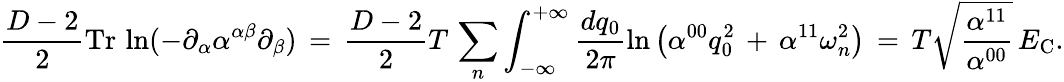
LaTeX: \frac{D-2}{2}\mathrm{Tr}\, \ln(-\partial_{\alpha}\alpha^{\alpha\beta}\partial_{\beta})\, =\, \frac{D-2}{2}T\, \sum_{n}^{}\int_{-\infty}^{+\infty}\frac{dq_{0}}{2\pi}\ln\left(\alpha^{00}q_{0}^{2}\, +\, \alpha^{11}{\omega_{n}^{2}}\right)\, =\, {T}\sqrt{\frac{\alpha^{11}}{\alpha^{00}}}\, E_{\mathrm{C}}{.}